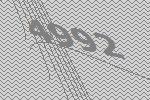
4992